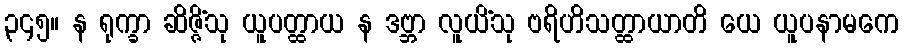
၃၄၅။ န ရုက္ခာ ဆိဇ္ဇိံသု ယူပတ္ထာယ န ဒဗ္ဘာ လူယိံသု ဗရိဟိသတ္ထာယာတိ ယေ ယူပနာမကေ